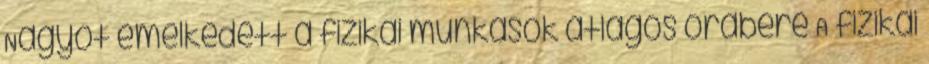
Nagyot emelkedett a fizikai munkások átlagos órabére A fizikai